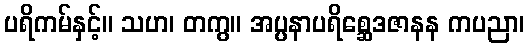
ပရိကမ်နှင့်။ သဟ၊ တကွ။ အပ္ပနာပရိစ္ဆေဒဇာနန ကပညာ၊